Annual report on the Civil Veterinary Department, Burma (including the Insein Veterinary School) - 1923-1931
Year: 1923
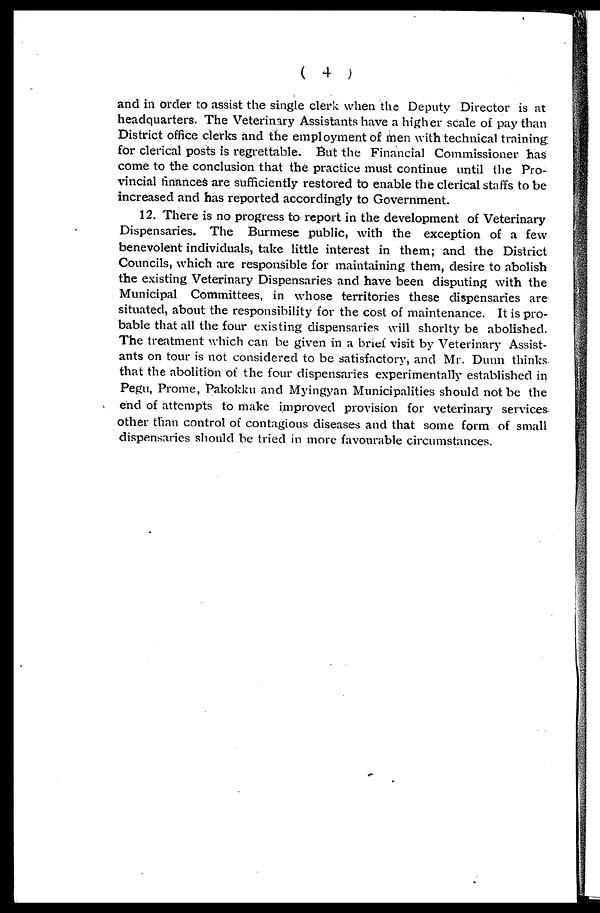
( 4 )
and in order to assist the single clerk when the Deputy Director is at
headquarters. The Veterinary Assistants have a higher scale of pay than
District office clerks and the employment of men with technical training
for clerical posts is regrettable. But the Financial Commissioner has
come to the conclusion that the practice must continue until the Pro-
vincial finances are sufficiently restored to enable the clerical staffs to be
increased and has reported accordingly to Government.
12. There is no progress to report in the development of Veterinary
Dispensaries. The Burmese public, with the exception of a few
benevolent individuals, take little interest in them; and the District
Councils, which are responsible for maintaining them, desire to abolish
the existing Veterinary Dispensaries and have been disputing with the
Municipal Committees, in whose territories these dispensaries are
situated, about the responsibility for the cost of maintenance. It is pro-
bable that all the four existing dispensaries will shorlty be abolished.
The treatment which can be given in a brief visit by Veterinary Assist-
ants on tour is not considered to be satisfactory, and Mr. Dunn thinks
that the abolition of the four dispensaries experimentally established in
Pegu, Prome, Pakokku and Myingyan Municipalities should not be the
end of attempts to make improved provision for veterinary services
other than control of contagious diseases and that some form of small
dispensaries should be tried in more favourable circumstances.